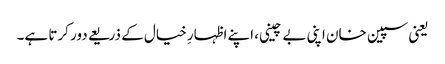
یعنی سپین خان اپنی بے چینی، اپنے اظہارِ خیال کے ذریعے دور کرتا ہے۔